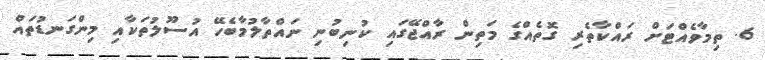
6. ތިމާވެއްޓަށް ރައްކާތެރި ގޮތެއްގެ މަތިން ރާއްޖޭގައި ކުނިބުނި ނައްތާލުމާބެހޭ އުސޫލުތަކާއި މިންގަނޑުތައް